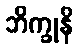
ဘိက္ခုနိ